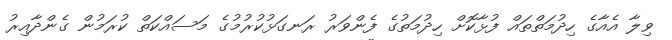
ވިލާ އެއާގެ ހިދުމަތްތައް ފުޅާކޮށް ހިދުމަތުގެ ފެންވަރު ރަނގަޅުކުރުމުގެ މަސައްކަތް ކުރަމުން ގެންދާއިރު